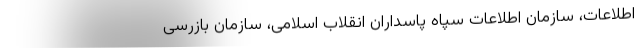
اطلاعات، سازمان اطلاعات سپاه پاسداران انقلاب اسلامی، سازمان بازرسی